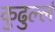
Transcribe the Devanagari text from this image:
कुढुल्लं